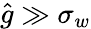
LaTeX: \hat{g}\gg\sigma_{w}